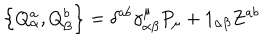
LaTeX: \left\{ Q _ { \alpha } ^ { a } , Q _ { \beta } ^ { b } \right\} = \delta ^ { a b } \gamma _ { \alpha \beta } ^ { \mu } P _ { \mu } + 1 _ { \alpha \beta } Z ^ { a b }